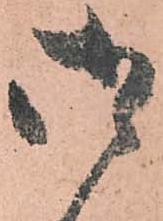
御